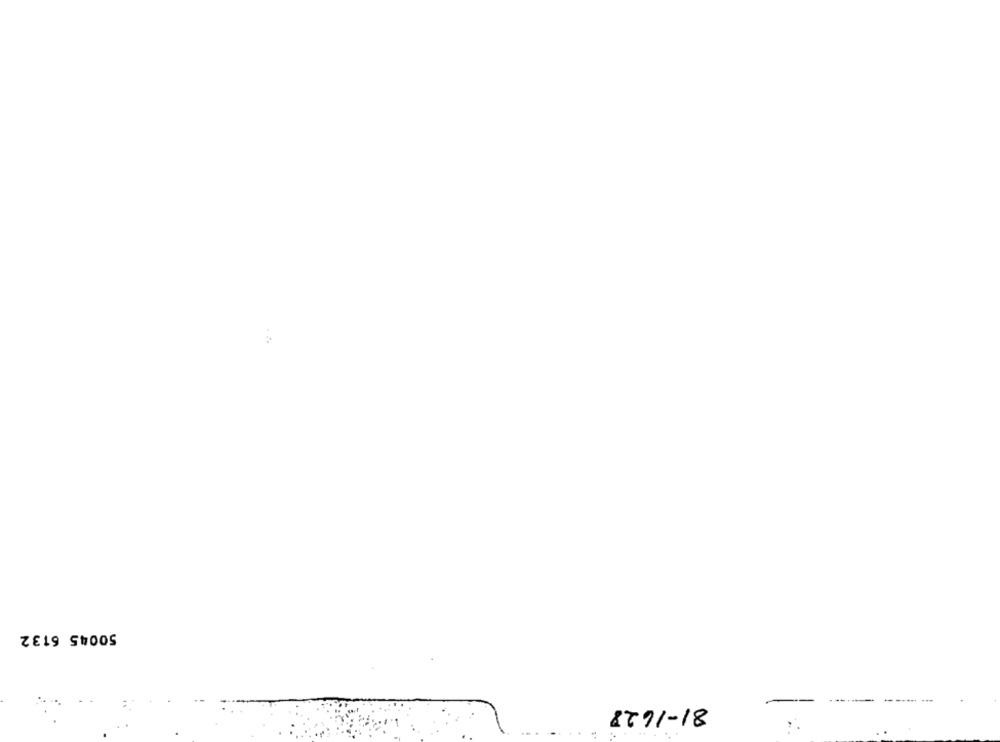
50045 6132
8791-18